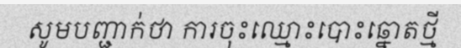
សូមបញ្ជាក់ថា ការចុះឈ្មោះបោះឆ្នោតថ្មី